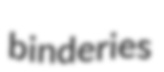
binderies